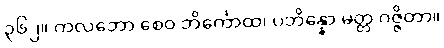
၃၆၂။ ကလဘော စေဝ ဘိင်္ကောထ၊ ပဘိန္နော မတ္တ ဂဇ္ဇိတာ။